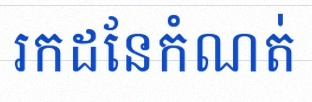
រកដែនកំណត់